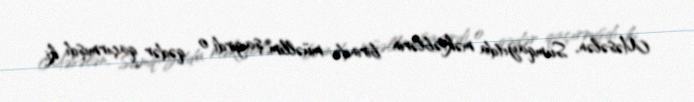
Məsələn, Sumqayıtda məktəblərin birində müəllim şagirdi o qədər qaçırmışdı ki,